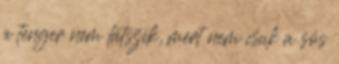
a tenger nem látszik, mert nem csak a sós